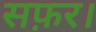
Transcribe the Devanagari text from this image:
सफ़र।